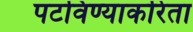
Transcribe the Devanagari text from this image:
पटविण्याकरिता